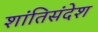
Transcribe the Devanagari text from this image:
शांतिसंदेश